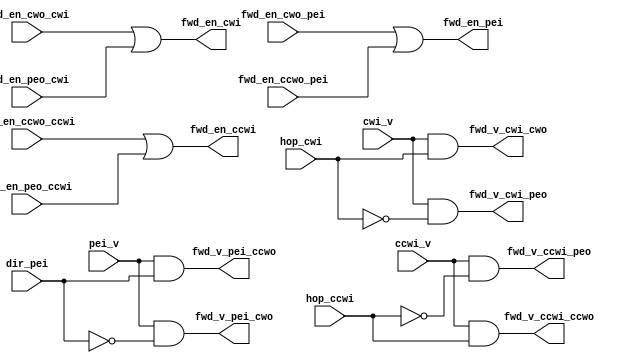
// verilog for route handling module
//
module rte_handler(
	// from input_handler
	input cwi_v, hop_cwi,
	
	input ccwi_v, hop_ccwi,
	
	input pei_v, dir_pei,
	
	// from output handler
	input fwd_en_cwo_cwi, fwd_en_cwo_pei,
	input fwd_en_ccwo_ccwi, fwd_en_ccwo_pei,
	input fwd_en_peo_cwi, fwd_en_peo_ccwi,
	
	// to output_handler
	output fwd_v_cwi_cwo, fwd_v_pei_cwo,
	output fwd_v_ccwi_ccwo, fwd_v_pei_ccwo,
	output fwd_v_cwi_peo, fwd_v_ccwi_peo,
	
	// to input_handler
	output fwd_en_cwi, fwd_en_ccwi, fwd_en_pei
	);

	assign fwd_v_cwi_peo = cwi_v && ~hop_cwi;
	assign fwd_v_cwi_cwo = cwi_v && hop_cwi;
	assign fwd_v_ccwi_peo = ccwi_v && ~hop_ccwi;
	assign fwd_v_ccwi_ccwo = ccwi_v && hop_ccwi;
	assign fwd_v_pei_cwo = pei_v && ~dir_pei;
	assign fwd_v_pei_ccwo = pei_v && dir_pei;

	assign fwd_en_cwi = fwd_en_cwo_cwi || fwd_en_peo_cwi;
	assign fwd_en_ccwi = fwd_en_ccwo_ccwi || fwd_en_peo_ccwi;
	assign fwd_en_pei = fwd_en_cwo_pei || fwd_en_ccwo_pei;
endmodule